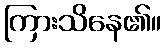
ကြားသိနေ၏။